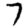
Digit: 7